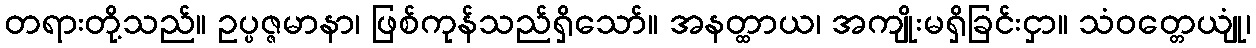
တရားတို့သည်။ ဥပ္ပဇ္ဇမာနာ၊ ဖြစ်ကုန်သည်ရှိသော်။ အနတ္ထာယ၊ အကျိုးမရှိခြင်းငှာ။ သံဝတ္တေယျုံ၊